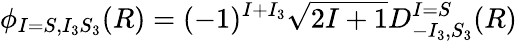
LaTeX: \phi_{I=S,I_{3}S_{3}}(R)=(-1)^{I+I_{3}}\sqrt{2I+1}D_{-I_{3},S_{3}}^{I=S}(R)